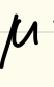
\(\mu\)